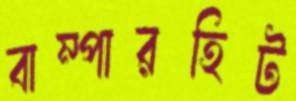
বাম্পারহিট